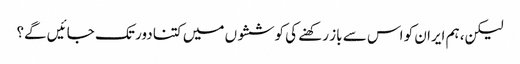
لیکن، ہم ایران کو اس سے باز رکھنے کی کوششوں میں کتنا دور تک جائیں گے؟